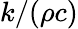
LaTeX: k/(\rho c)